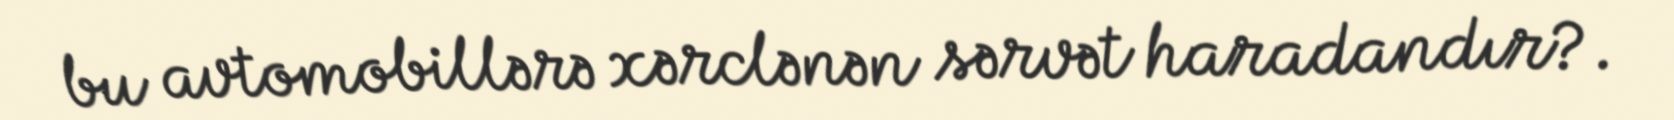
bu avtomobillərə xərclənən sərvət haradandır?.